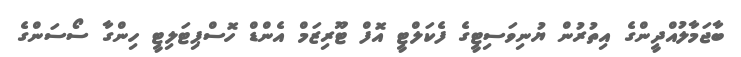
ބާޖަމާލުއްދީންގެ އިތުރުން ޔުނިވަސިޓީގެ ފެކަލްޓީ އޮފް ޓޫރިޒަމް އެންޑް ހޮސްޕިޓަލިޓީ ހިންގާ ސޯސަންގެ